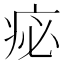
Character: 𤵘